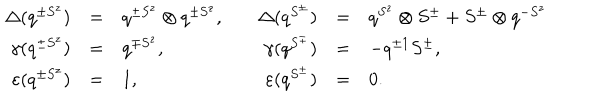
\begin{array} { r c l r c l } { { \Delta ( q ^ { \pm S ^ { z } } ) } } & { { = } } & { { q ^ { \pm S ^ { z } } \otimes q ^ { \pm S ^ { z } } , \quad } } & { { \Delta ( q ^ { S ^ { \pm } } ) } } & { { = } } & { { q ^ { S ^ { z } } \otimes S ^ { \pm } + S ^ { \pm } \otimes q ^ { - S ^ { z } } } } \\ { { { \gamma } ( q ^ { \pm S ^ { z } } ) } } & { { = } } & { { q ^ { \mp S ^ { z } } , } } & { { { \gamma } ( q ^ { S ^ { \pm } } ) } } & { { = } } & { { - q ^ { \pm 1 } S ^ { \pm } , } } \\ { { \varepsilon ( q ^ { \pm S ^ { z } } ) } } & { { = } } & { { 1 , } } & { { \varepsilon ( q ^ { S ^ { \pm } } ) } } & { { = } } & { { 0 . } } \\ \end{array}